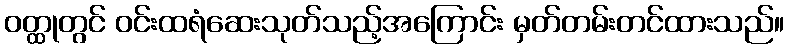
ဝတ္ထုတွင် ဝင်းထရံဆေးသုတ်သည့်အကြောင်း မှတ်တမ်းတင်ထားသည်။